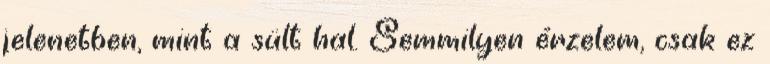
jelenetben, mint a sült hal. Semmilyen érzelem, csak ez